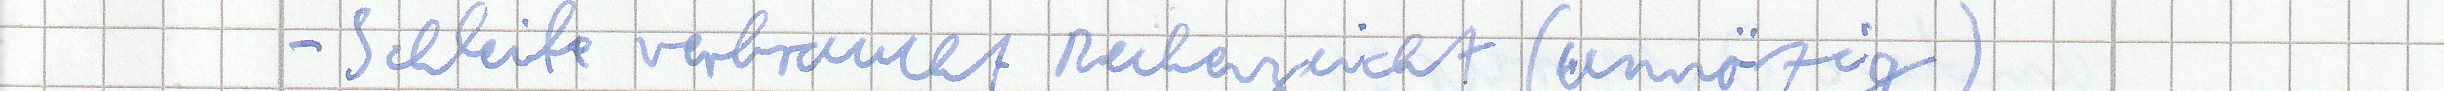
- Schleife verbraucht Rechenzeit (unnötig)